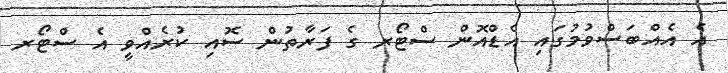
އެ އެއްބަސްވުމުގައި އެޑްއޮން ސްޓޯރ ގެ ފަރާތުން ސޮއި ކުރެއްވީ އެ ސްޓޯރ